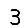
Digit: 3